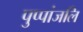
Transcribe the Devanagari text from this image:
पुप्पांजलि